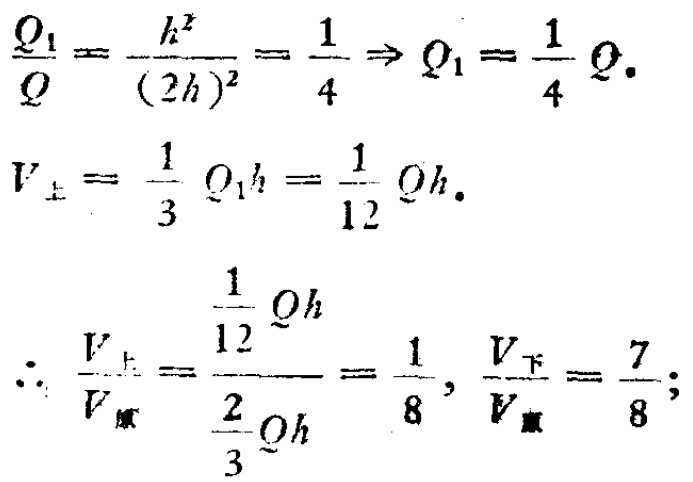
\[\frac{Q_{1}}{Q}=\frac{h^{2}}{(2h)^{2}}=\frac{1}{4}\Rightarrow Q_{1}=\frac{1}{4}Q.\]

\[V_{上}=\frac{1}{3}Q_{1}h = \frac{1}{12}Qh.\]

\[\therefore\frac{V_{上}}{V_{整}}=\frac{\frac{1}{12}Qh}{\frac{2}{3}Qh}=\frac{1}{8},\frac{V_{下}}{V_{整}}=\frac{7}{8};\]